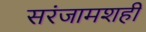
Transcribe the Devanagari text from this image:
सरंजामशही